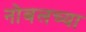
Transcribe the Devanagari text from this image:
नोबलच्या